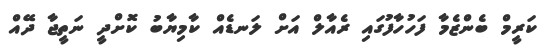
ކަރީމް ބެންޒެމާ ފަހުހާފުގައި ރެއާލް އަށް ލަނޑެއް ކާމިޔާބު ކޮށްދީ ނަތީޖާ ދޭއް